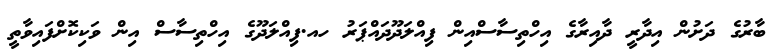
ބާރުގެ ދަށުން އިދާރީ ދާއިރާގެ އިހްތިސާސްއިން ފިއްލަދޫދައްޕަރު ހއ.ފިއްލަދޫގެ އިހްތިސާސް އިން ވަކިކޮށްފައިވާތީ